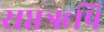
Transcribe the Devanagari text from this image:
सप्तॠषि